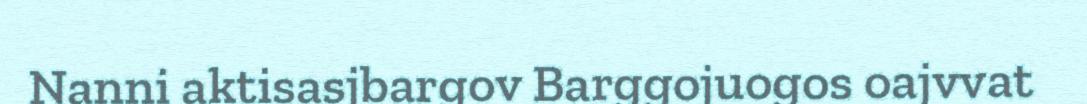
Nanni aktisasjbargov Barggojuogos oajvvat